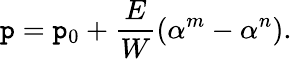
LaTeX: \mathtt{p}=\mathtt{p}_{0}+\frac{{E}}{{W}}\left(\alpha^{m}-\alpha^{n}\right).